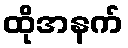
ထိုအနက်